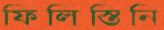
ফিলিস্তিনি